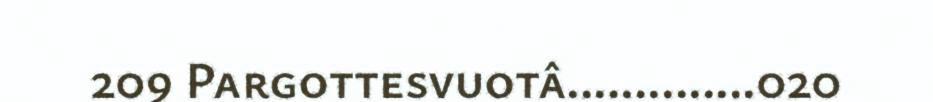
209 Pargottesvuotâ..............020